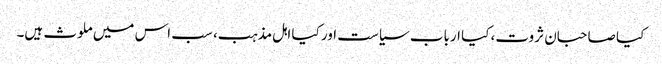
کیا صاحبان ثروت، کیا ارباب سیاست اور کیا اہل مذہب، سب اس میں ملوث ہیں۔